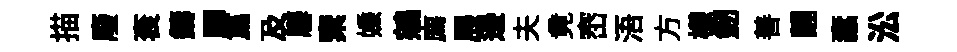
描廢衮鑄驛篇及麐棄嫌鵷廌展邊夫竟崈浯方檬劒善翿蠧㳂